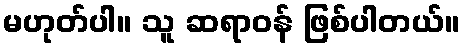
မဟုတ်ပါ။ သူ ဆရာဝန် ဖြစ်ပါတယ်။